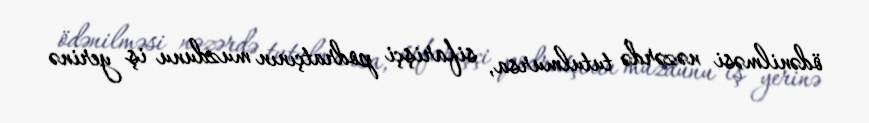
ödənilməsi nəzərdə tutulmursa, sifarişçi podratçının muzdunu iş yerinə